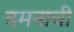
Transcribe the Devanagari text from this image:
दमनाची